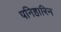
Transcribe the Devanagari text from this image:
पनिहारिन